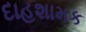
દાહશામક